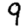
Digit: 9